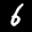
Label: 6